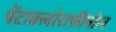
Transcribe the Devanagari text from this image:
पेंटाक्लोराफ़ीनोल